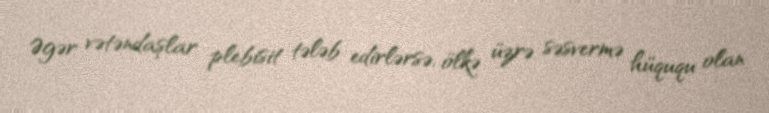
Əgər vətəndaşlar plebisit tələb edirlərsə, ölkə üzrə səsvermə hüququ olan